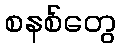
စနစ်တွေ